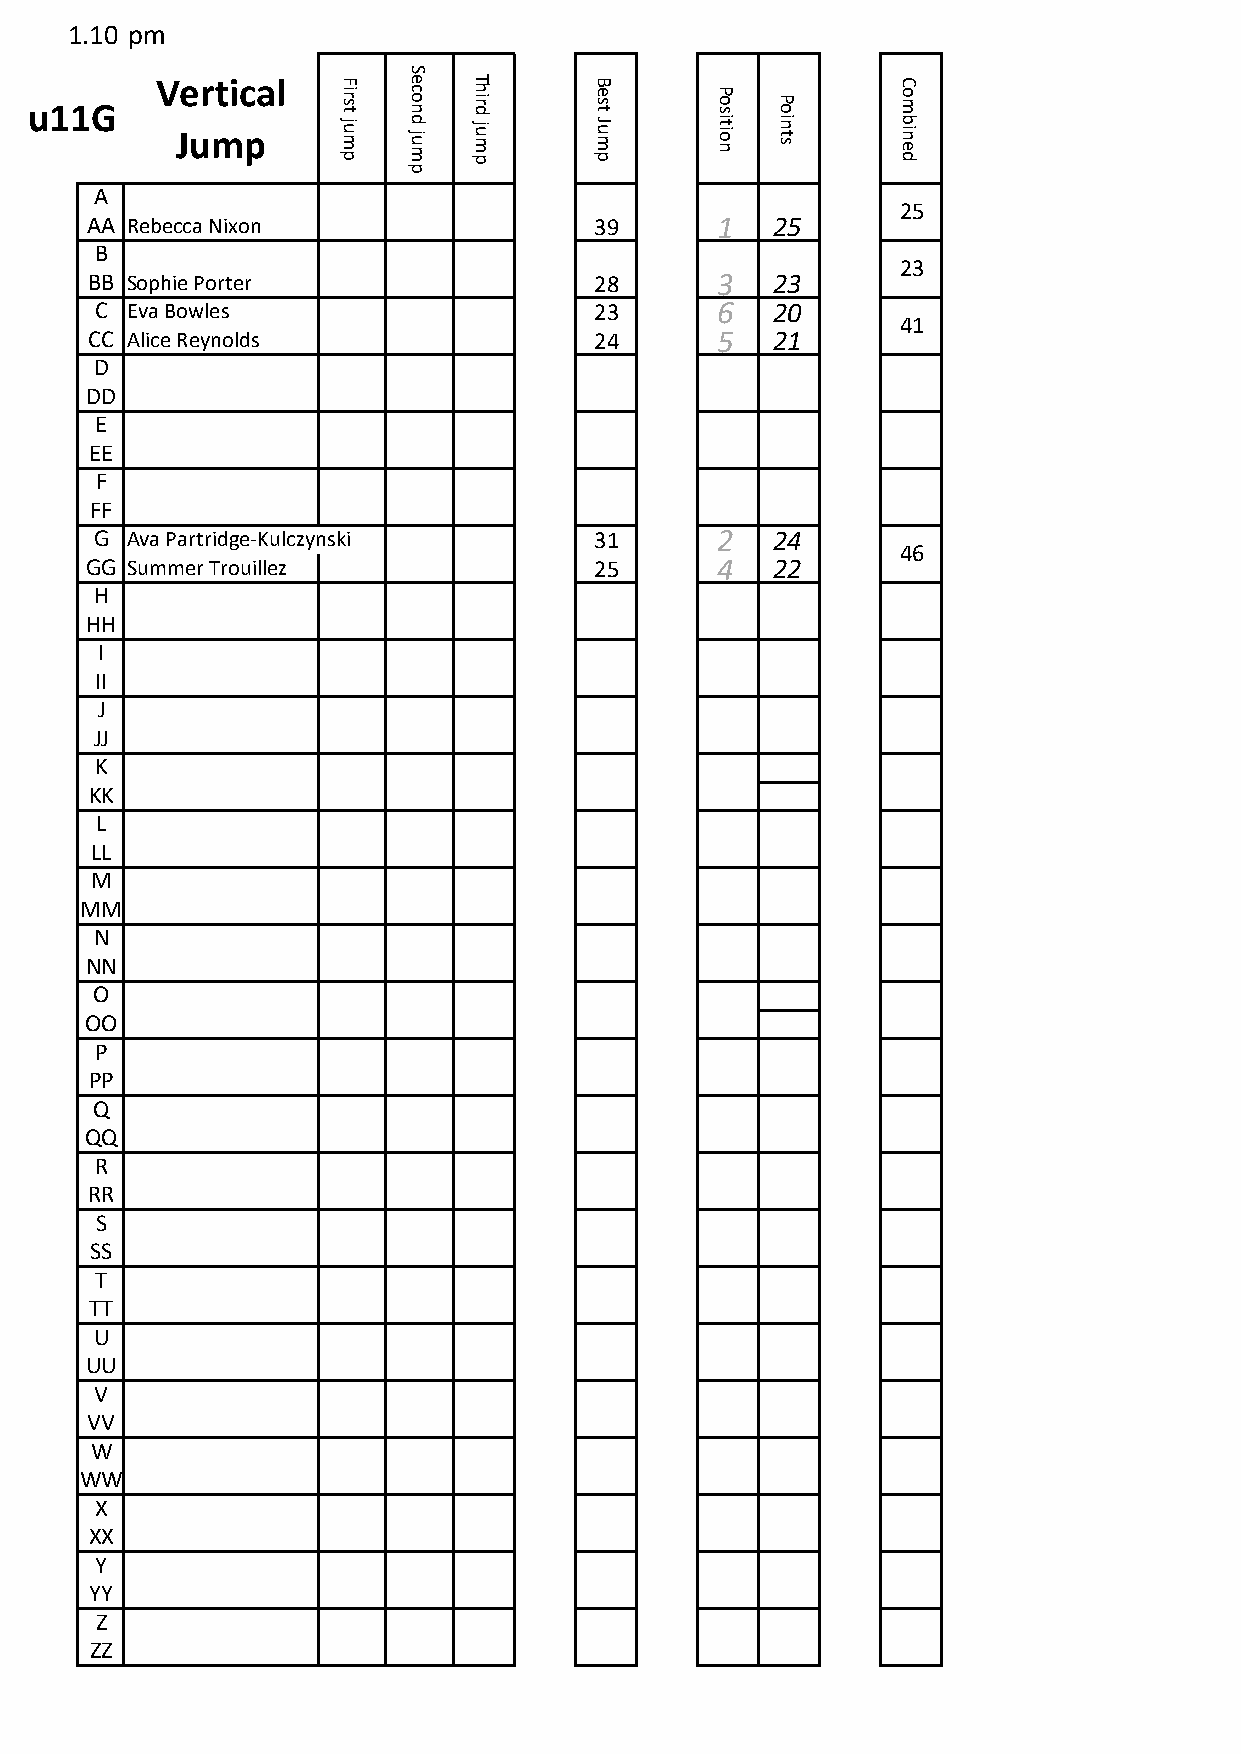
1.10 pm
 S
 u11G    V Je ur mtic pal F ir s t
 ju m p
 e c o n
 d ju m
 T h ir d
 ju m p
 B e s t
 J u m p
 P o s
 it io n
 P o
 in t s
 C o m
 b in e d
 p
 A
 25
 AA Rebecca Nixon                 39      1   25
 B
 23
 BB Sophie Porter                 28      3   23
 C Eva Bowles                     23      6   20
 41
 CC Alice Reynolds                24      5   21
 D
 DD
 E
 EE
 F
 FF
 G Ava Partridge-Kulczynski       31      2   24
 46
 GG Summer Trouillez              25      4   22
 H
 HH
 I
 II
 J
 JJ
 K
 KK
 L
 LL
 M
 MM
 N
 NN
 O
 OO
 P
 PP
 Q
 QQ
 R
 RR
 S
 SS
 T
 TT
 U
 UU
 V
 VV
 W
 WW
 X
 XX
 Y
 YY
 Z
 ZZ